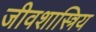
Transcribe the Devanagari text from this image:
जीवशास्त्रिय